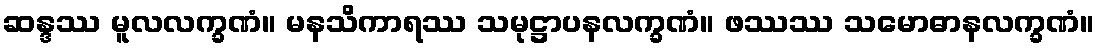
ဆန္ဒဿ မူလလက္ခဏံ။ မနသိကာရဿ သမုဋ္ဌာပနလက္ခဏံ။ ဖဿဿ သမောဓာနလက္ခဏံ။